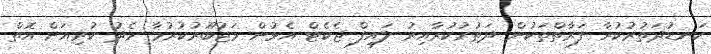
ކަނޑުދަތުރުކުރާ ފަރާތްތަކުން ދަތުރުކުރާއިރު ލައިފް ޖެކެޓް އެޅުން މަޖުބޫރުކުރުމާ މެދު ކުރިއަށް އޮތް